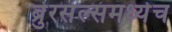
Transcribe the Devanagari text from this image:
ब्रुरसेल्समध्येच